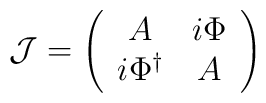
{\cal J}  = \left( \begin{array}{cc} A & i \Phi \\  i \Phi^{\dag}  & A  \end{array} \right)